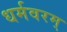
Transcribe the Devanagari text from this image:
धर्मवरम्